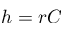
h = r C